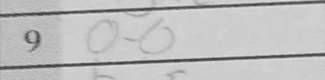
Transcription: O-O